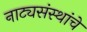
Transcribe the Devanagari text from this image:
नाट्यसंस्थांचे